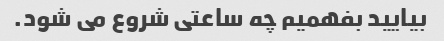
بیایید بفهمیم چه ساعتی شروع می شود.